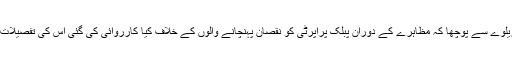
عدالت نے ریلوے سے پوچھا کہ مظاہرے کے دوران پبلک پراپرٹی کو نقصان پہنچانے والوں کے خلاف کیا کارروائی کی گئی اس کی تفصیلات فراہم کریں۔